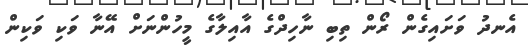
އެނދު ވަށައިގެން ރޯން ތިބި ނާހިދްގެ އާއިލާގެ މީހުންނަށް އޭނާ ވަކި ވަކިން